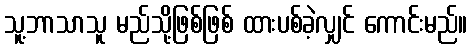
သူ့ဘာသာသူ မည်သို့ဖြစ်ဖြစ် ထားပစ်ခဲ့လျှင် ကောင်းမည်။